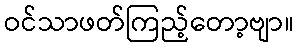
ဝင်သာဖတ်ကြည့်တော့ဗျာ။